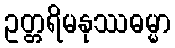
ဥတ္တရိမနုဿဓမ္မာ